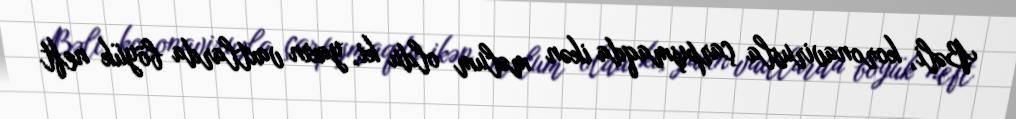
Bəli, koronavirusla çarpışmaqda ikən məlum oldu ki, yaxın vaxtlarda böyük neft